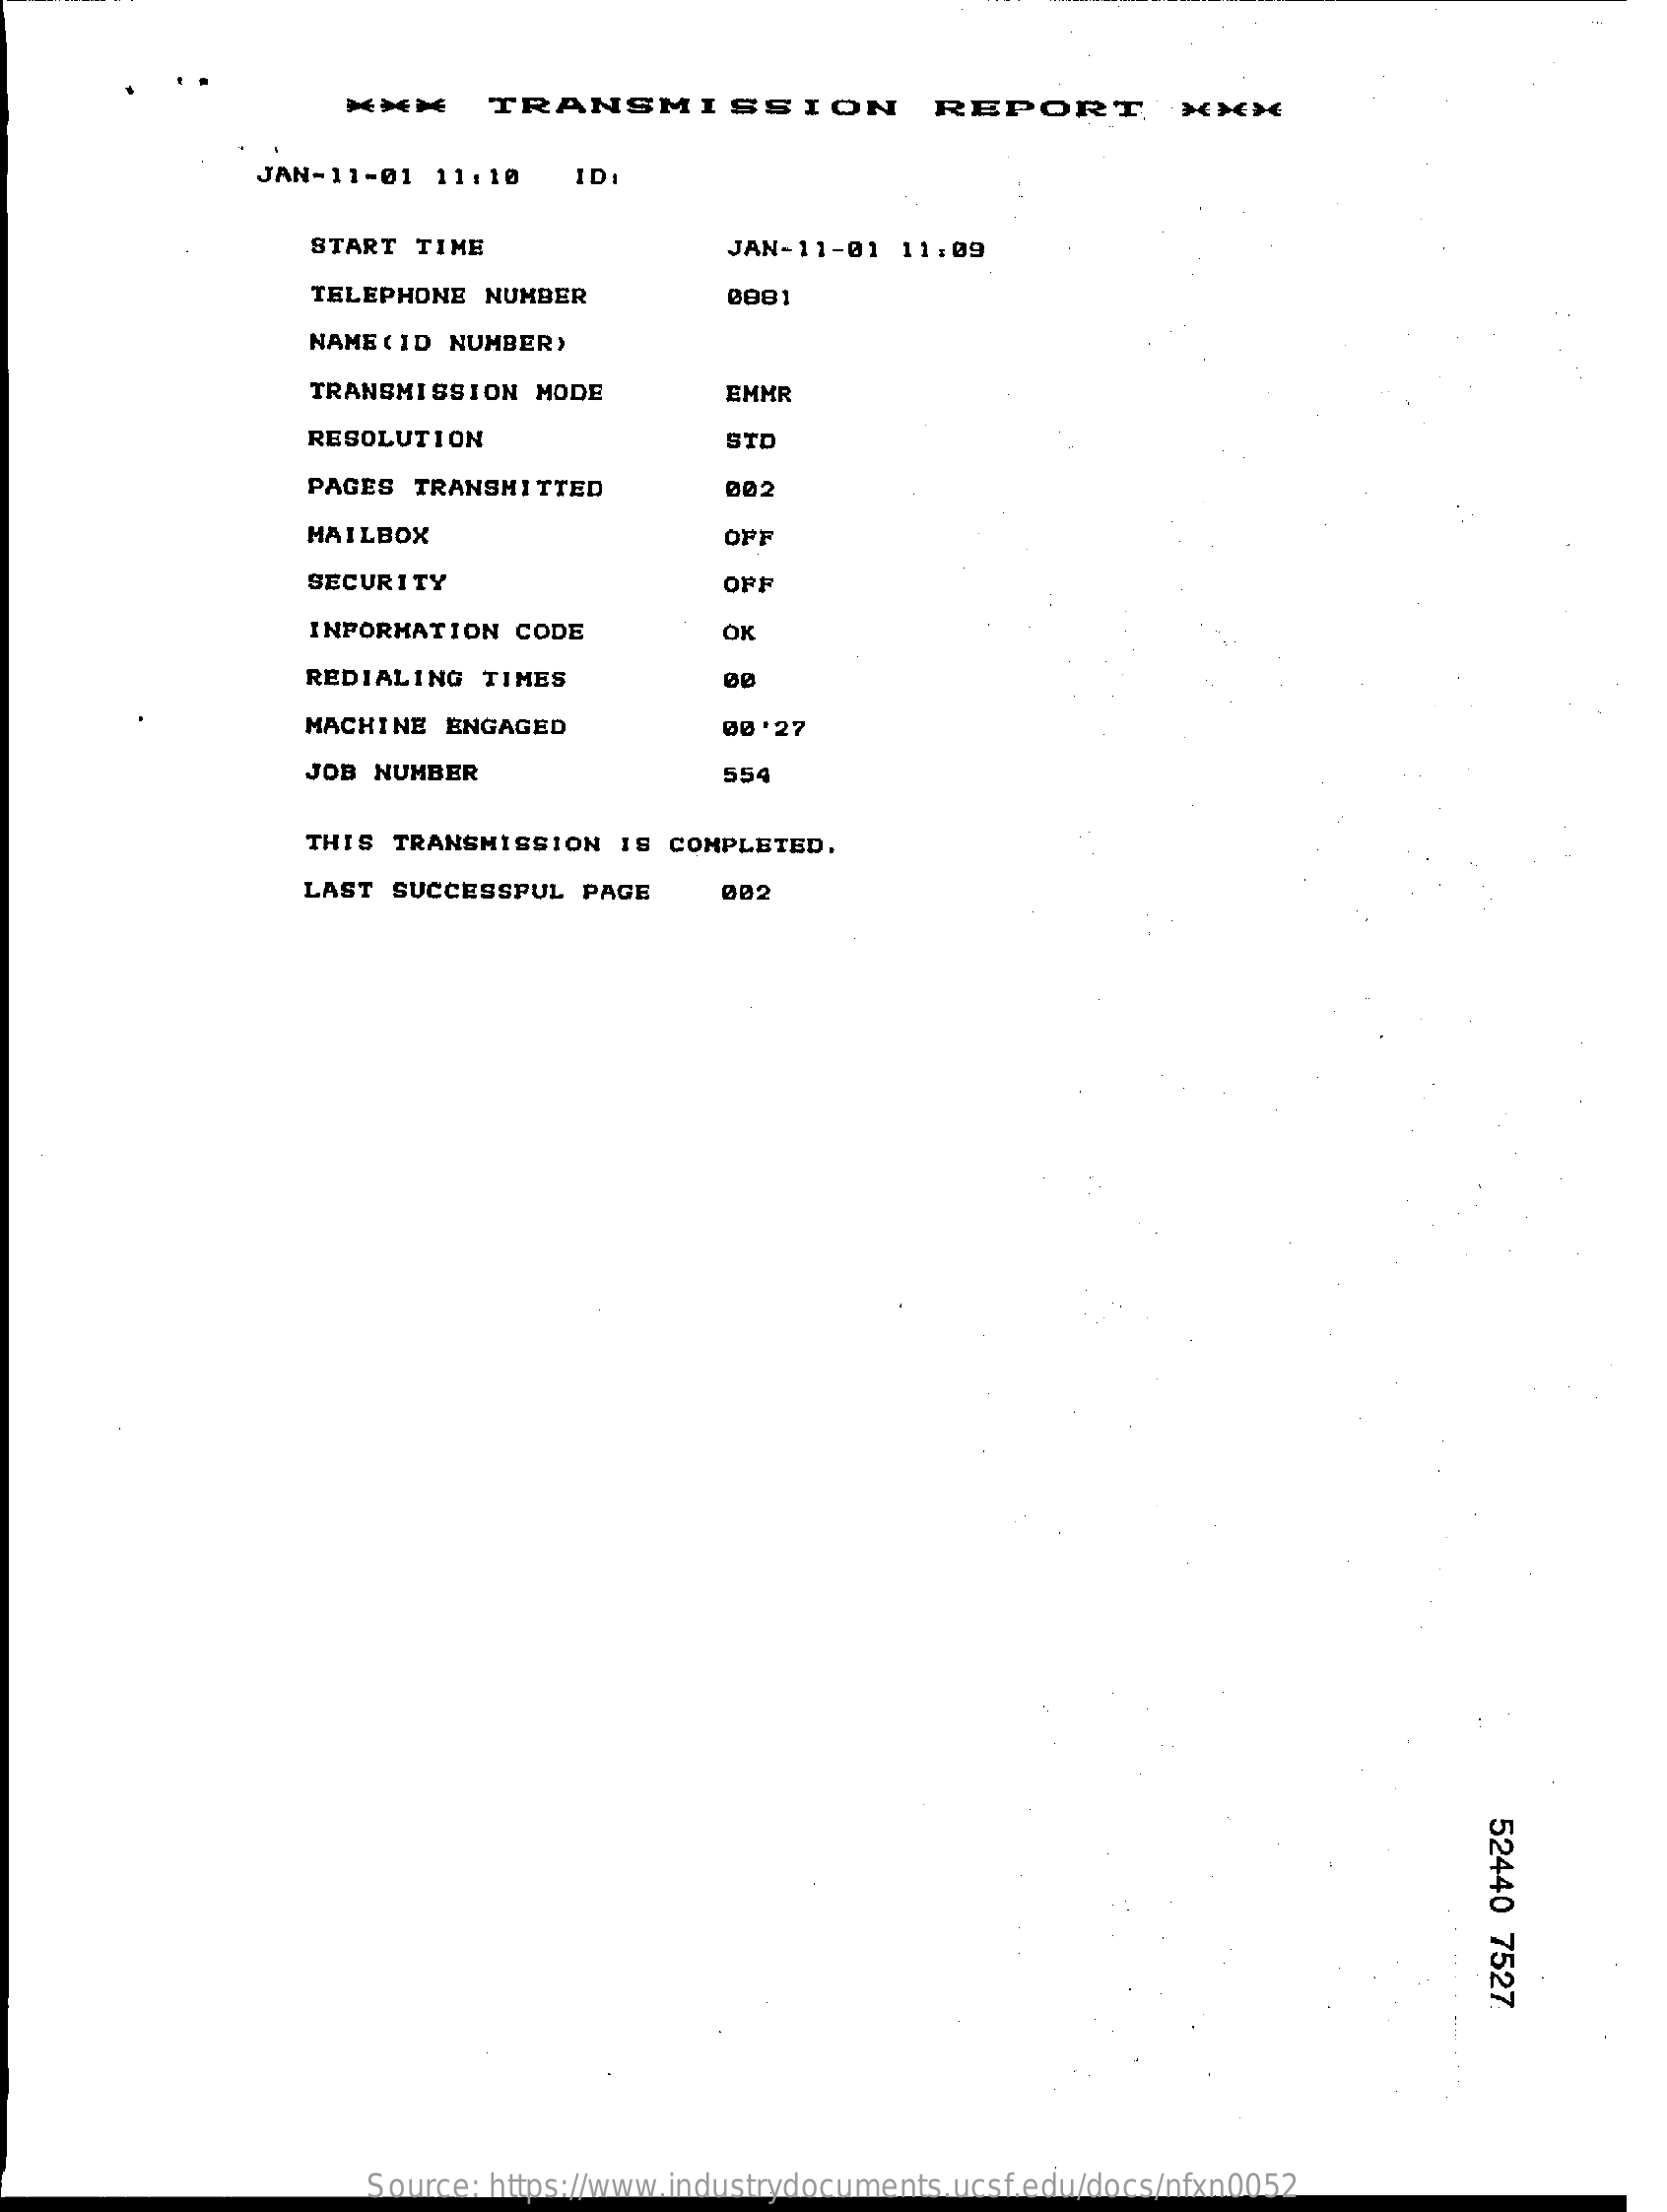
TRANSMISSION    REPORT    ***
     JAN-11-01   11:10    ID
     START  TIME    JAN-11-01  11:09
     TELEPHONE  NUMBER    0881
     NAME (ID NUMBER)
     TRANSMISSION  MODE    EMMR
     RESOLUTION    STD
     PAGES TRANSMITTED    002
     MAILBOX    OPF
     SECURITY    OFF
     INFORMATION  CODE    OK
     REDIALING  TIMES
     MACHINE ENGAGED    00'27
     JOB NUMBER    554
     THIS TRANSMISSION  IS  COMPLETED.
     LAST SUCCESSFUL  PAGE    002
     52440
     7527
     Source: https://www.industrydocuments.ucsf.edu/docs/nfxn0052